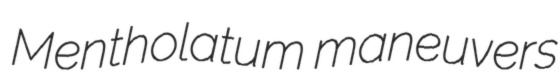
Mentholatum maneuvers